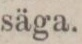
säga.